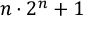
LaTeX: n \cdot 2 ^ { n } + 1